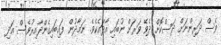
ވެސް ދަރިންނަށް ދަސްކޮށް ދެވޭ ވަރަށް ނުބައި އާދައެކެވެ. ނަމާދުން ފައިބައިގެންދާއިރުވެސް އަދި